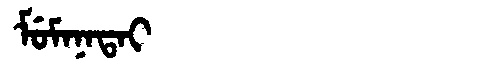
Manchu: ᠮᡠᠮᠠᠨᠠᡨᠠᡳ
Romanization: MUMANATAI